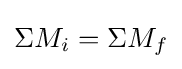
\Sigma M_{i}=\Sigma M_{f}